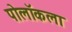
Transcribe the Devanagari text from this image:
पोलॉकला